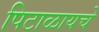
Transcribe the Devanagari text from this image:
पिटाळायचे